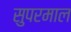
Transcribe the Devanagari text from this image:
सुपरमाल